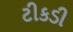
ટીકડી